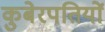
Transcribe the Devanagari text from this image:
कुबेरपतियों